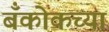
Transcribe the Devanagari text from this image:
बँकोकच्या